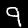
Digit: 9